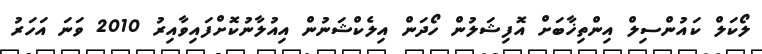
ލޯކަލް ކައުންސިލް އިންތިޚާބަށް އޮފިޝަލުން ހޯދަން އިލެކްޝަނުން އިއުލާނުކޮށްފައިވާއިރު 2010 ވަނަ އަހަރު